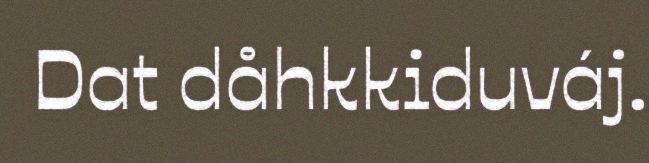
Dat dåhkkiduváj.